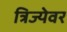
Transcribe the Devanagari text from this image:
त्रिज्येवर